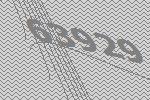
63929